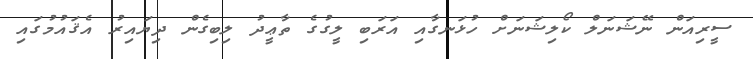
ސީރިއަން ނޭޝަނަލް ކޯލިޝަނަށް ހުޅަނގާއި އަރަބި ލީގުގެ ތާޢީދު ލިބިގެން ދިޔައިރު އެޤައުމުގައި